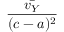
\frac { \bar { v _ { Y } } } { ( c - a ) ^ { 2 } }